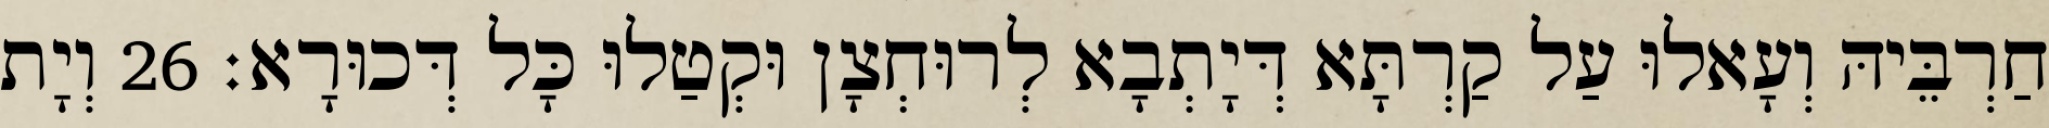
חַרְבֵּיהּ וְעָאלוּ עַל קַרְתָּא דְּיָתְבָא לְרוּחְצָן וּקְטַלוּ כָּל דְּכוּרָא׃ 26 וְיָת